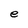
Character: e